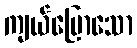
ကျယ်ပြောသော